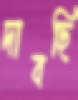
দাবছি